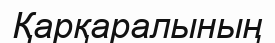
Қарқаралының